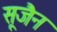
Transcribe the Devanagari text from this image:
सूजैन